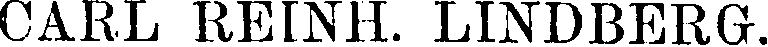
CARL REINH. LINDBERG.